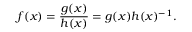
f ( x ) = { \frac { g ( x ) } { h ( x ) } } = g ( x ) h ( x ) ^ { - 1 } .